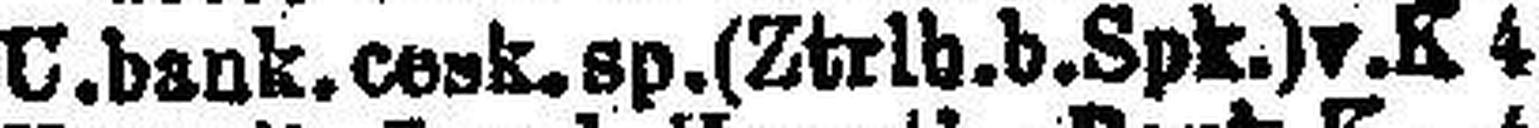
U. bank. cesk. sp. (Ztrlb. b. Spk.) v. K 4